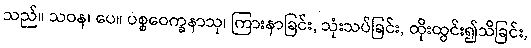
သည်။ သဝန၊ ပေ။ ပစ္စဝေက္ခနာသု၊ ကြားနာခြင်း, သုံးသပ်ခြင်း, ထိုးထွင်း၍သိခြင်း,